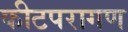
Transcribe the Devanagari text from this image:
कीटपरागण